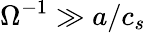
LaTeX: \Omega^{-1}\gg a/c_{s}